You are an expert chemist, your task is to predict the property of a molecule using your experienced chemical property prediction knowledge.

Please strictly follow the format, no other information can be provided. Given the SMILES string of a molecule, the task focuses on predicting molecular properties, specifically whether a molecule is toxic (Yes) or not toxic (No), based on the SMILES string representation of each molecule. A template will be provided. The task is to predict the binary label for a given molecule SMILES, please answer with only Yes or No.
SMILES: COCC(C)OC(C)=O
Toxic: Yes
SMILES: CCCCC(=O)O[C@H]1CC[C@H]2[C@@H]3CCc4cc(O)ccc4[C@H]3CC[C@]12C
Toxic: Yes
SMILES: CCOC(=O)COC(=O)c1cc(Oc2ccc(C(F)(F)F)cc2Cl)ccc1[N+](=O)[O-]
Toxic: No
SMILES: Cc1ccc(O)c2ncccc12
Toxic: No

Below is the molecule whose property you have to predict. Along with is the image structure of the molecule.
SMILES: [O-][Cl+3]([O-])([O-])[O-]
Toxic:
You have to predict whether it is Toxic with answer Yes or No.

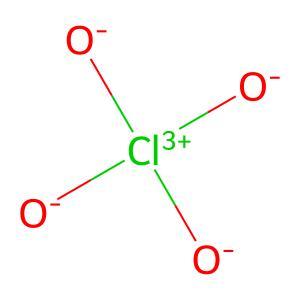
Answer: No